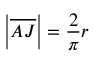
\left| { \overline { { A J } } } \right| = { \frac { 2 } { \pi } } r